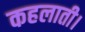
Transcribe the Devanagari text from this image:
कहलाती।